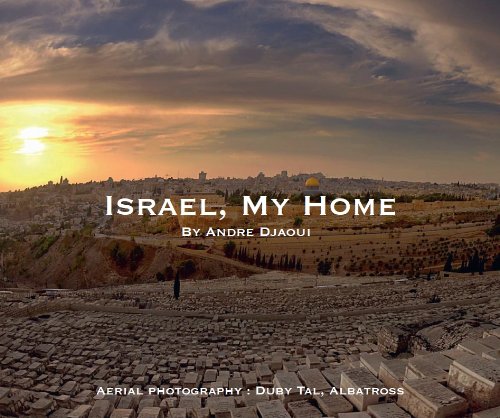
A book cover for Israel, My Home; DJAOUI ANDRE; Arts & Photography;